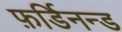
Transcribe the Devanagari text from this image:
फ़र्डिनन्ड